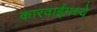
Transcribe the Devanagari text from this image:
कारवाईमध्ये